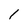
Character: l